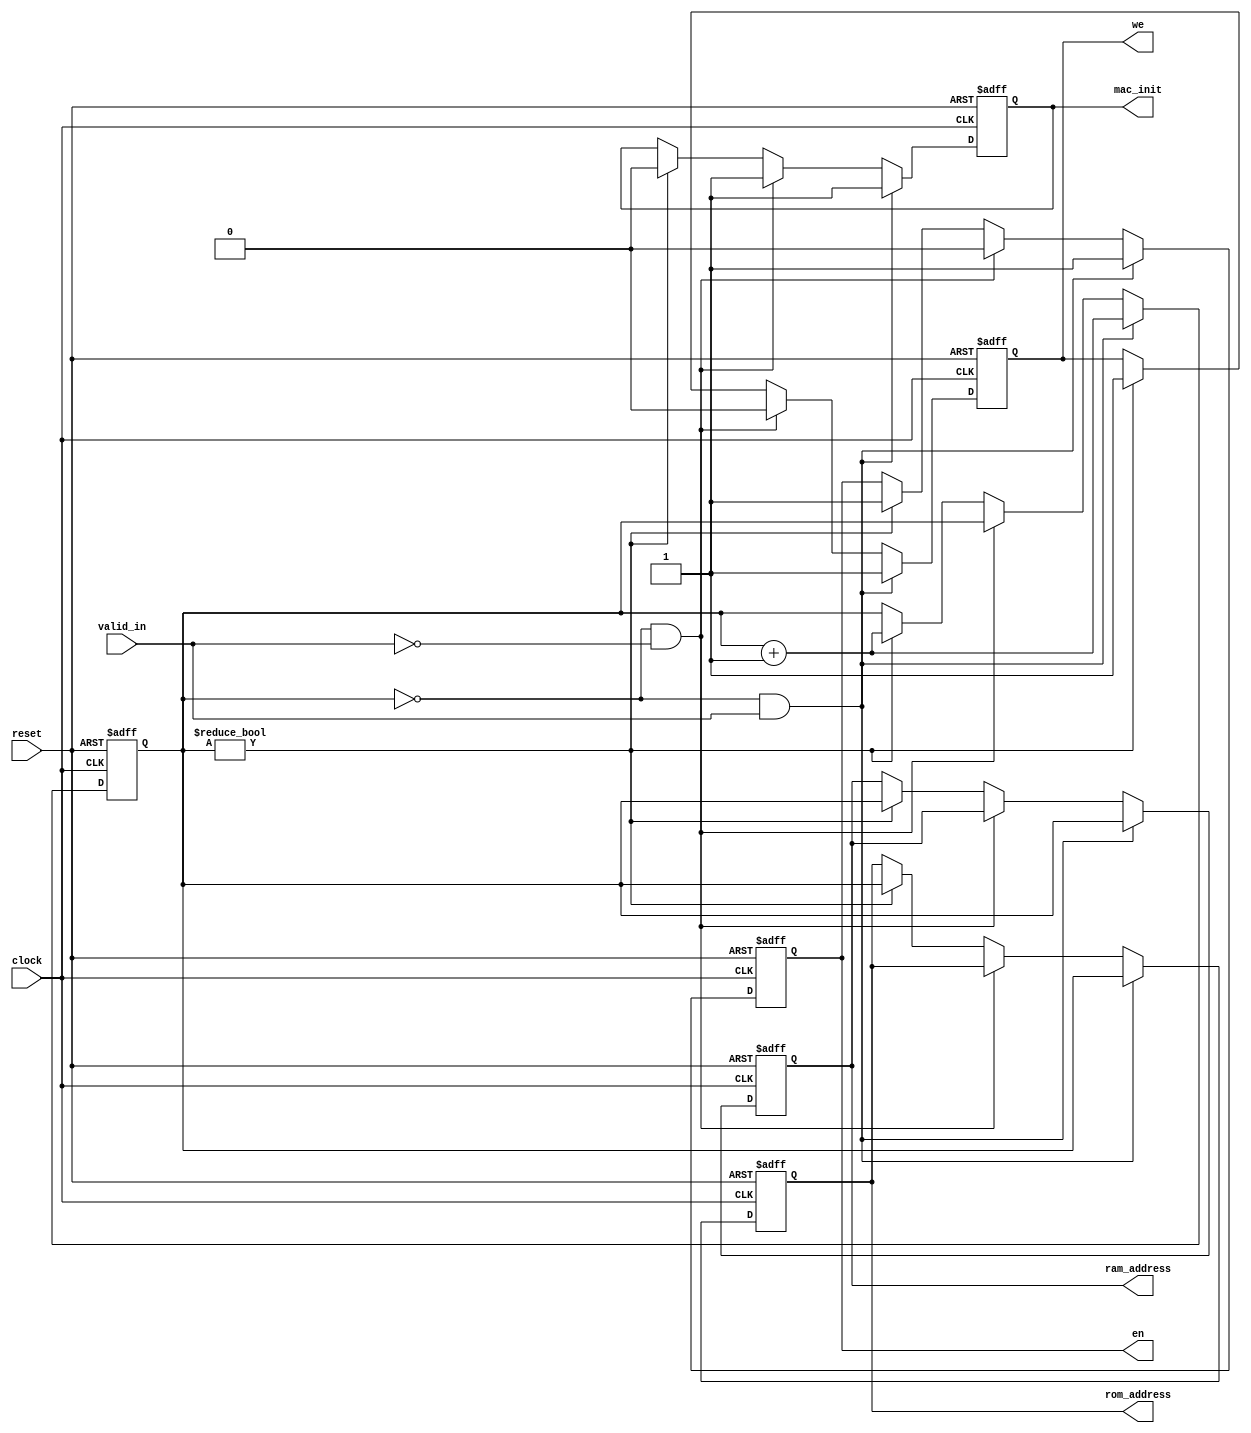
module control_unit(
  input clock,
  input reset,
  input valid_in,
  output reg [2:0] rom_address,
  output reg [2:0] ram_address,
  output reg mac_init,
  output reg we,
  output reg en
);

reg [2:0] counter;
initial counter =0 ; 

always @ (posedge clock or posedge reset) begin
  if (reset == 1) begin
    counter <= 0;
    rom_address <= 0;
    ram_address <= 0;
    mac_init <= 0;
    we <= 0;
    en <= 0;
  end
  
  else begin
    if (counter == 0 && valid_in == 1 ) begin
      en = 1;
      we <= 1;
      mac_init <= 1;
      rom_address <= counter;
      ram_address <= counter;
      counter <= counter + 1;
    end
    else if (counter == 0 && valid_in == 0) begin
      we <= 0;
      mac_init <= 1;
      en <= 0;
    end
    else if (counter != 0) begin 
      en <= 1;
      mac_init <= 0;
      we <= 1;
      rom_address <= counter;
      ram_address <= counter;
      counter <= counter + 1;
    end
  end
end
endmodule